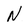
Character: N